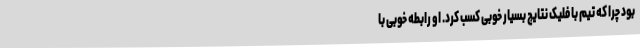
بود چرا که تیم با فلیک نتایج بسیار خوبی کسب کرد. او رابطه خوبی با